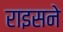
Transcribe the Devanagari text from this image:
राइसने